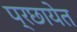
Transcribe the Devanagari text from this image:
प्रछायेत